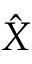
\hat { X }